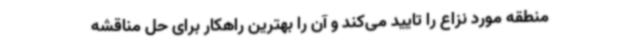
منطقه مورد نزاع را تایید می‌کند و آن را بهترین راهکار برای حل مناقشه